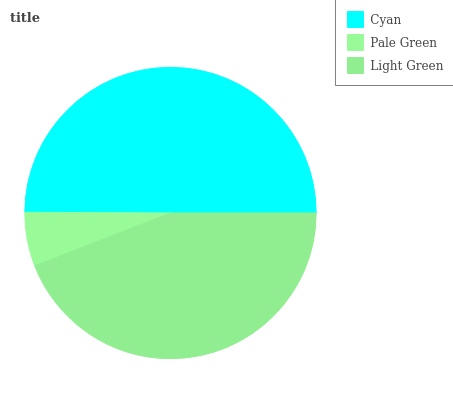
| Cyan | Pale Green | Light Green |
 | --- | --- | --- |
 | 50% | 5.97% | 44.1% |